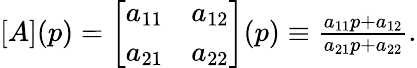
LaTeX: \begin{array}{r}{[A](p)=\left[\begin{array}{ll}{a_{11}}&{a_{12}}\\ {a_{21}}&{a_{22}}\end{array}\right](p)\equiv\frac{a_{11}p+a_{12}}{a_{21}p+a_{22}}.}\end{array}